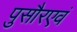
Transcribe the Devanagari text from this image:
पुसौरएवं